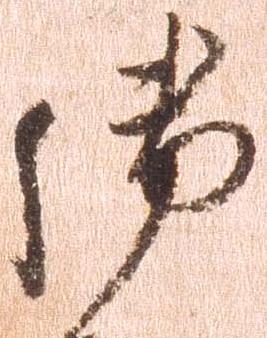
御